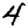
Digit: 4